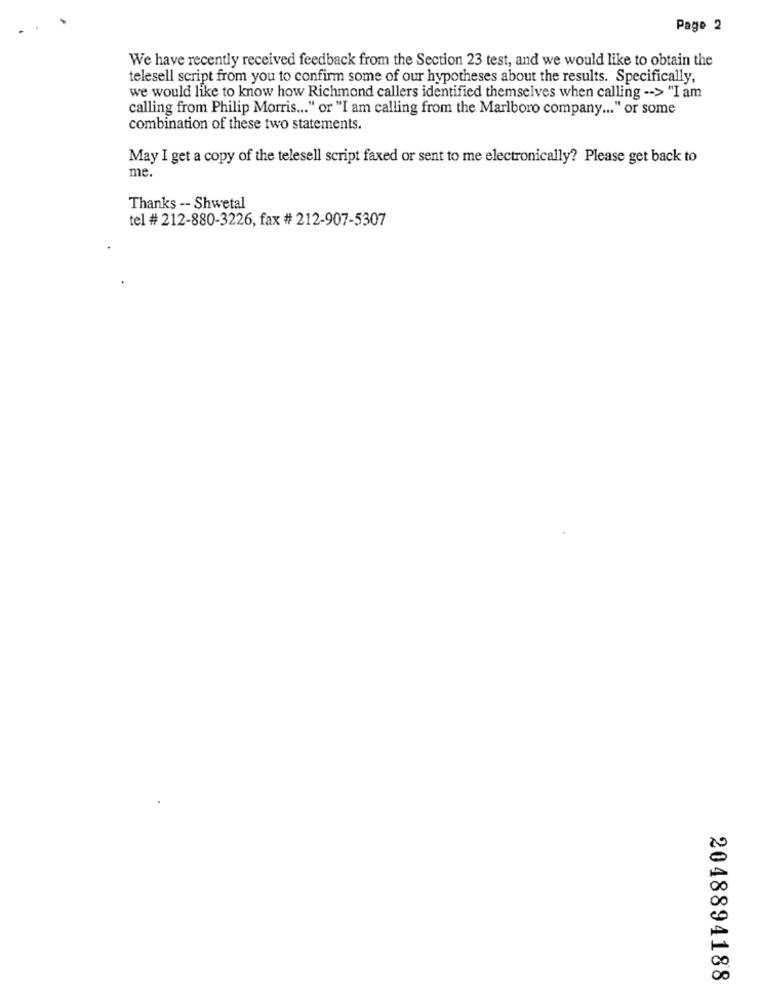
Page 2
We have recently received feedback from the Section 23 test, and we would like to obtain the
telesell script from you to confirm some of our hypotheses about the results. Specifically,
we would like to know how Richmond callers identified themselves when calling -- > "I am
calling from Philip Morris ... " or "I am calling from the Marlboro company ... " or some
combination of these two statements.
May I get a copy of the telesell script faxed or sent to me electronically? Please get back to
me.
Thanks -- Shwetal
tel # 212-880-3226, fax # 212-907-5307
2048894188